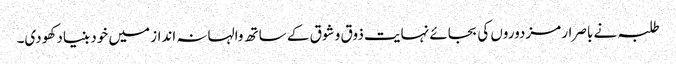
طلبہ نے باصرار مزدوروں کی بجائے نہایت ذوق و شوق کے ساتھ والہانہ انداز میں خود بنیاد کھودی۔